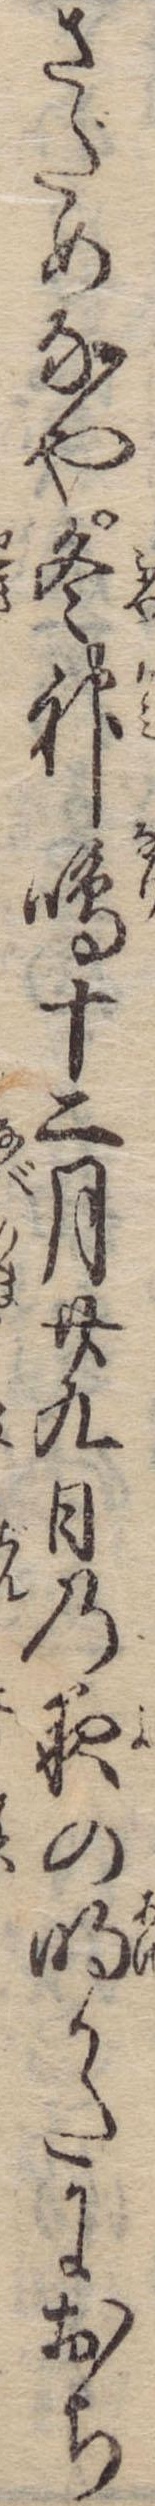
さだめなや冬神鳴十二月廿九日の夜の明かたにおち